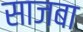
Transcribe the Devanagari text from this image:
साजबा